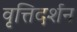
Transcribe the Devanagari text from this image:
वृत्तिदर्शन